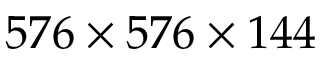
5 7 6 \times 5 7 6 \times 1 4 4